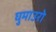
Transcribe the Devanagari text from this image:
घुमाउरो